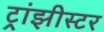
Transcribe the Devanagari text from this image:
ट्रांझीस्टर